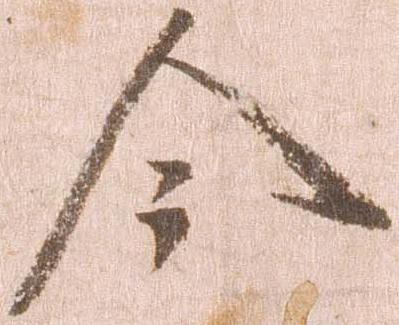
今